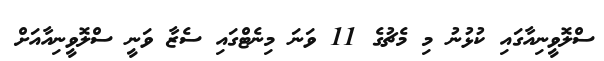
ސްލޮވީނިއާގައި ކުޅުނު މި މެޗުގެ 11 ވަނަ މިނެޓްގައި ސެޒާ ވަނީ ސްލޮވީނިއާއަށް